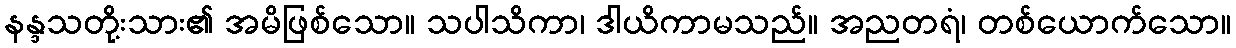
နန္ဒသတို့းသား၏ အမိဖြစ်သော။ သပါသိကာ၊ ဒါယိကာမသည်။ အညတရံ၊ တစ်ယောက်သော။